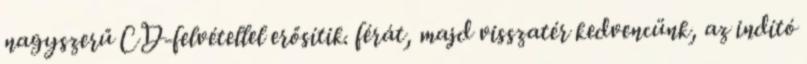
nagyszerű CD-felvétellel erősítik. férát, majd visszatér kedvencünk, az indító